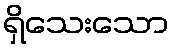
ရှိသေးသော